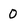
Character: 0